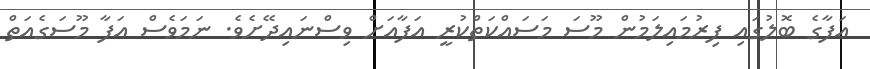
އަފާގެ ބޮލުގައި ފިރުމައިލަމުން މޫސަ މަސައްކަތްކުރީ އަފާއަށް ވިސްނައިދޭށެވެ. ނަމަވެސް އަފާ މޫސަގެއަތް